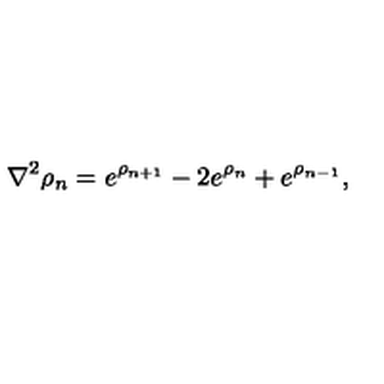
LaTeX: \nabla ^ { 2 } \rho _ { n } = e ^ { \rho _ { n + 1 } } - 2 e ^ { \rho _ { n } } + e ^ { \rho _ { n - 1 } } ,